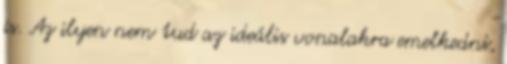
is. Az ilyen nem tud az ideális vonalakra emelkedni,